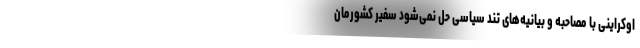
اوکراینی با مصاحبه و بیانیه‌های تند سیاسی حل نمی‌شود سفیر کشورمان